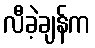
လီခဲ့ချန်က